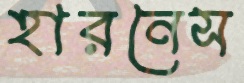
হারনেস